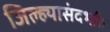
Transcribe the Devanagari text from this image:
जिल्ह्यासंदर्भात